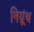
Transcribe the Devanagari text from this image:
निग्र्रंथ